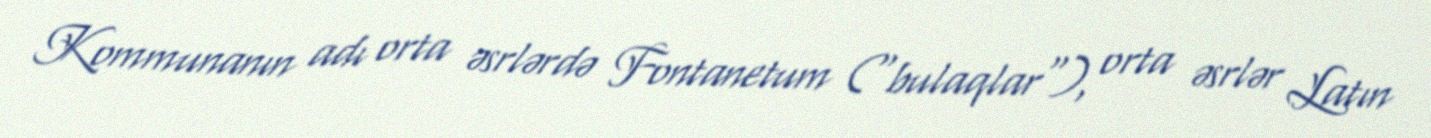
Kommunanın adı orta əsrlərdə Fontanetum ("bulaqlar"), orta əsrlər Latın